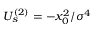
U _ { s } ^ { ( 2 ) } = - x _ { 0 } ^ { 2 } / \sigma ^ { 4 }